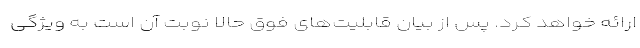
ارائه خواهد کرد. پس از بیان قابلیت‌های فوق حالا نوبت آن است به ویژگی